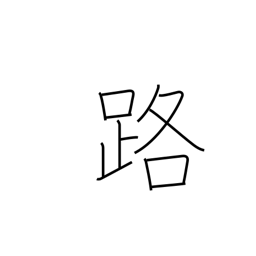
Meaning: path